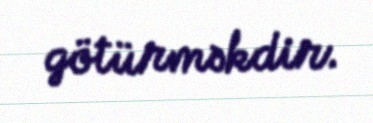
götürməkdir.